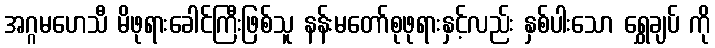
အဂ္ဂမဟေသီ မိဖုရားခေါင်ကြီးဖြစ်သူ နန်းမတော်စုဖုရားနှင့်လည်း နှစ်ပါးသော ရွှေချပ် ကို